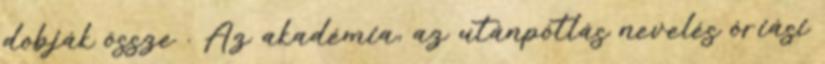
dobják össze . Az akadémia, az utánpótlás nevelés óriási